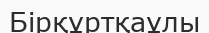
Бірқұртқаұлы